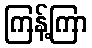
ကြန့်ကြာ